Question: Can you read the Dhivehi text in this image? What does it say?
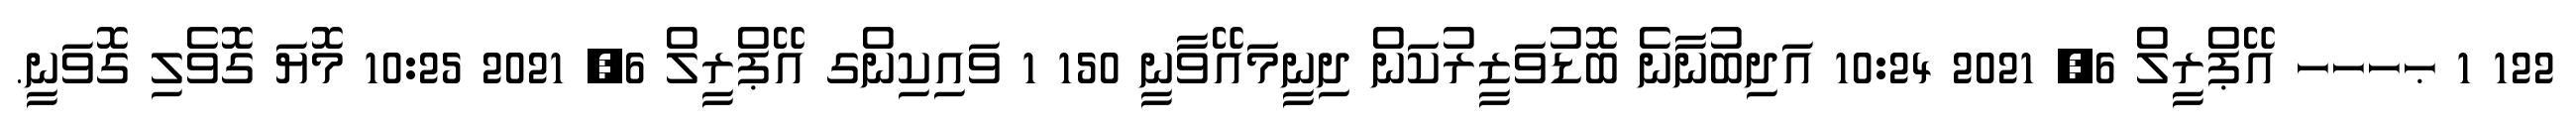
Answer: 122 1 ޙހހހ އޭޕްރީލް 6, 2021 10:24 އަދިބުނާނެ ބޮޑުވަޒީރުކަން ދިނީމައޭވާނީ 150 1 ވައިކިންގ އޭޕްރީލް 6, 2021 10:25 މޮޔަ ގޮވެލި ގޮވަނީ.